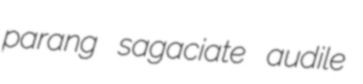
parang sagaciate audile